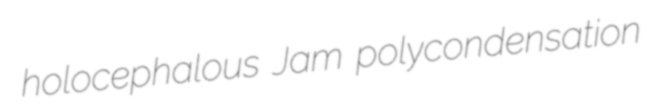
holocephalous Jam polycondensation